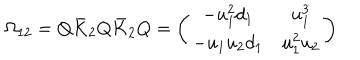
\Omega _ { 1 2 } = Q \bar { K } _ { 2 } Q \bar { K } _ { 2 } Q = \left( \begin{array} { c c } { { - u _ { 1 } ^ { 2 } d _ { 1 } } } & { { u _ { 1 } ^ { 3 } } } \\ { { - u _ { 1 } u _ { 2 } d _ { 1 } } } & { { u _ { 1 } ^ { 2 } u _ { 2 } } } \\ \end{array} \right)